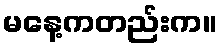
မနေ့ကတည်းက။